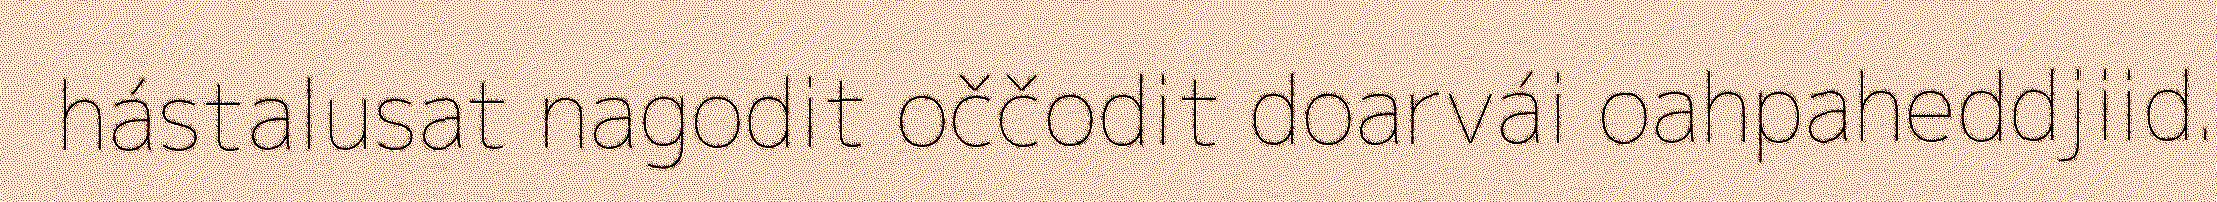
hástalusat nagodit oččodit doarvái oahpaheddjiid.